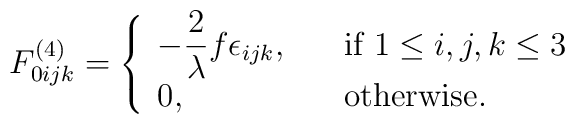
F^{(4)}_{0ijk}=\left\{\begin{array}{ll}\displaystyle{-\frac{2}{\lambda}f\epsilon_{ijk}},\quad &\hbox{\rm if }1\leq i,j,k\leq 3\\0, & {\rm otherwise}.\end{array}\right.